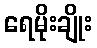
ရေမိုးချိုး